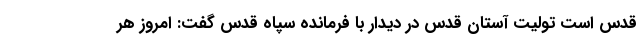
قدس است تولیت آستان قدس در دیدار با فرمانده سپاه قدس گفت: امروز هر